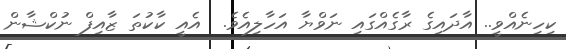
ކިހިނެއްވީ.. އާދައިގެ ރާގެއްގައި ނަވްޔާ އަހާލިއެވެ.  އެއީ ކާކުތަ ޒާއިފް ނުކްޝާން